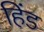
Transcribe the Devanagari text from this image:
हिंड